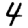
Digit: 4